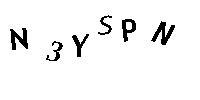
N3YSPN